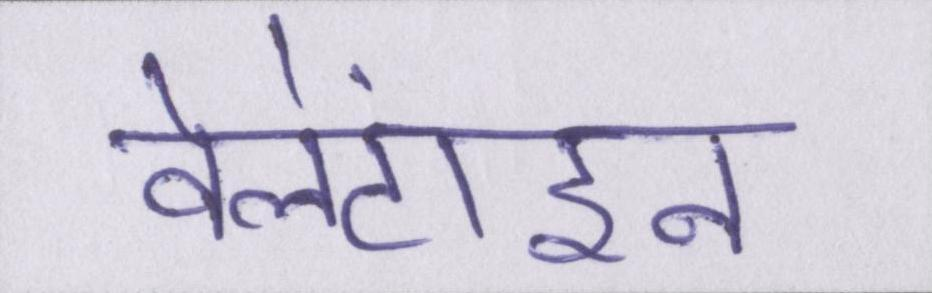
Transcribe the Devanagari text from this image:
वेलेंटाइन